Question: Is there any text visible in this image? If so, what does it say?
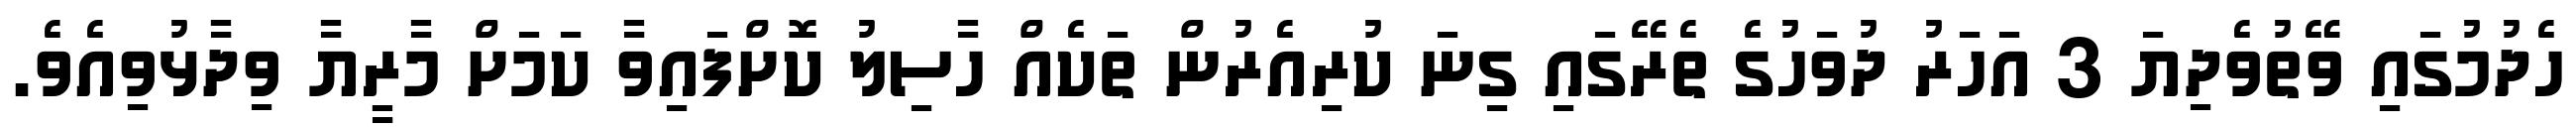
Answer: ހެދުމުގައި ވޭތުވެދިޔަ 3 އަހަރު ދުވަހުގެ ތެރޭގައި ގިނަ ކުރިއެރުން ތަކެއް ހާސިލު ކޮށްފައިވާ ކަމަށް މާރީޔާ ވިދާޅުވިއެވެ.